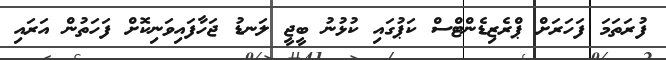
ފުރަތަމަ ފަހަރަށް ޕްރެޒިޑެންޓްސް ކަޕުގައި ކުޅުނު ބީޖީ ލަނޑު ޖަހާފައިވަނިކޮށް ފަހަތުން އަރައި